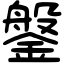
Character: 鎜